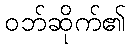
ဝဘ်ဆိုက်၏